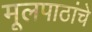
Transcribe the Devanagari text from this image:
मूलपाठांचे